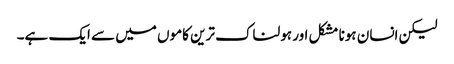
لیکن انسان ہونا مشکل اور ہولناک ترین کاموں میں سے ایک ہے۔